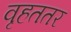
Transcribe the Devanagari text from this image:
वृहततर